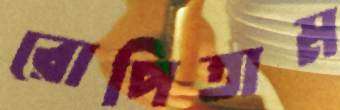
রোপিতাম